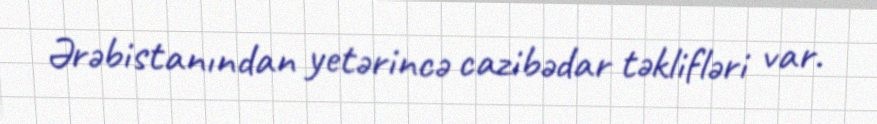
Ərəbistanından yetərincə cazibədar təklifləri var.